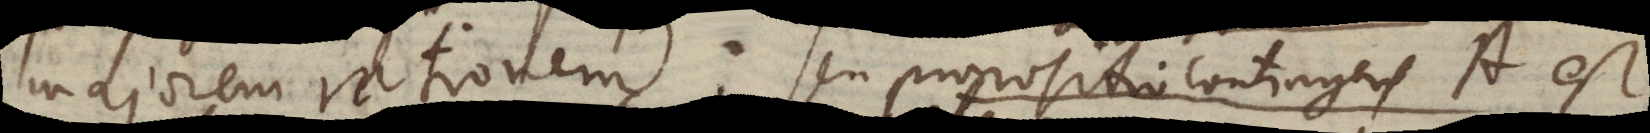
majorem rationem: seu propositio contingens A est